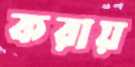
করায়